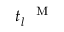
t _ { l } ^ { \mathrm { ~ \textsc ~ { ~ M ~ } ~ } }